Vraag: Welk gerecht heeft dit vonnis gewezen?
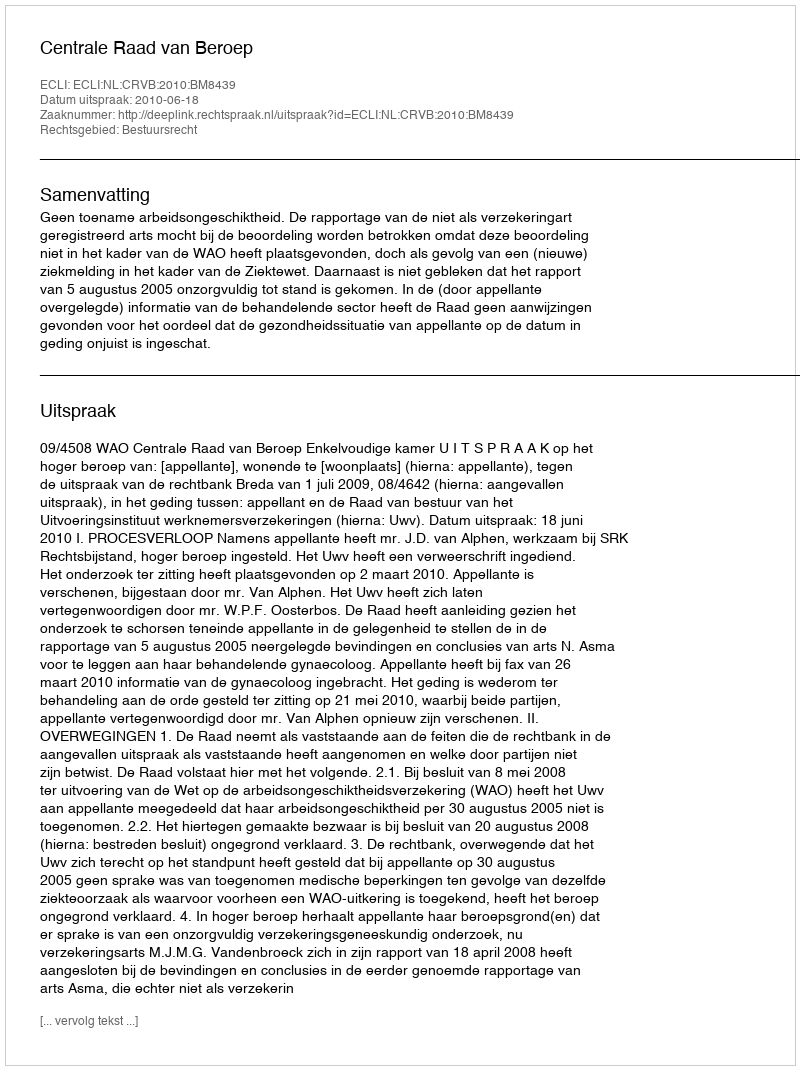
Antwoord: Centrale Raad van Beroep